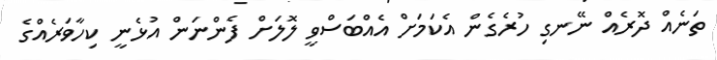
ތަނެއް ދޮރެއް ނޭނގި ހުރެގެން އެކަމަށް އެއްބަސްވީ ލޮލަށް ފެންނަން އުޅެނީ ކިހާވަރެއްގެ